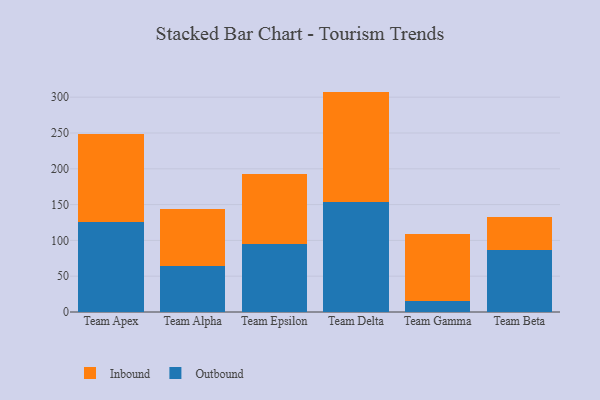
{"axis": {"x": "Team", "y": "Shipments"}, "legend": ["Inbound", "Outbound"], "data": [{"x": "Team Apex", "y": 125.1, "type": "Outbound"}, {"x": "Team Apex", "y": 123.1, "type": "Inbound"}, {"x": "Team Alpha", "y": 63.7, "type": "Outbound"}, {"x": "Team Alpha", "y": 80.8, "type": "Inbound"}, {"x": "Team Epsilon", "y": 94.4, "type": "Outbound"}, {"x": "Team Epsilon", "y": 98.0, "type": "Inbound"}, {"x": "Team Delta", "y": 153.5, "type": "Outbound"}, {"x": "Team Delta", "y": 154.3, "type": "Inbound"}, {"x": "Team Gamma", "y": 15.8, "type": "Outbound"}, {"x": "Team Gamma", "y": 93.3, "type": "Inbound"}, {"x": "Team Beta", "y": 87.2, "type": "Outbound"}, {"x": "Team Beta", "y": 46.0, "type": "Inbound"}]}